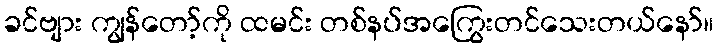
ခင်ဗျား ကျွန်တော့်ကို ထမင်း တစ်နပ်အကြွေးတင်သေးတယ်နော်။